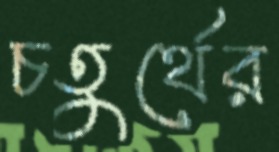
চতুর্থের